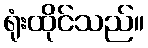
ရုံးထိုင်သည်။